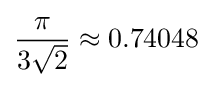
{\frac {\pi }{3{\sqrt {2}}}}\approx 0.74048